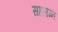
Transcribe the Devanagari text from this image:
सहलग्न